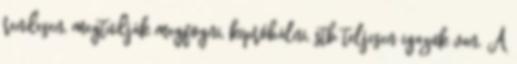
rendesen, megtudják megfogni, kipróbálni, stb teljesen igazuk van. A